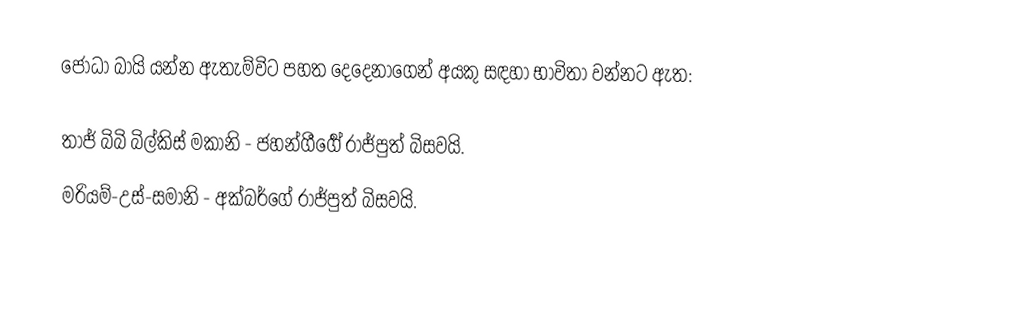
ජෝධා බායි යන්න ඇතැම්විට පහත දෙදෙනාගෙන් අයකු සඳහා භාවිතා වන්නට ඇත:

 තාජ් බිබි බිල්කිස් මකානි - ජහන්ගීර්‍ගේ රාජ්පුත් බිසවයි.
 මරියම්-උස්-සමානි - අක්බර්ගේ රාජ්පුත් බිසවයි.